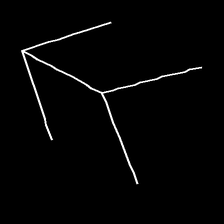
Glyph: gather